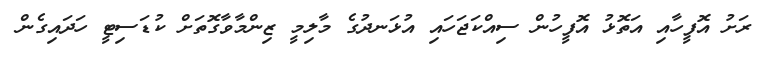
ރަށު އޮފީހާއި އަތޮޅު އޮފީހުން ސިއްކަޖަހައި އުޅަނދުގެ މާލިމީ ޒިންމާވާގޮތަށް ކުޑަސިޓީ ހަދައިގެން